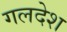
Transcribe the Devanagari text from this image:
गलदेश